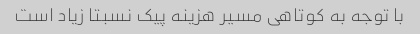
با توجه به کوتاهی مسیر هزینه پیک نسبتا زیاد است